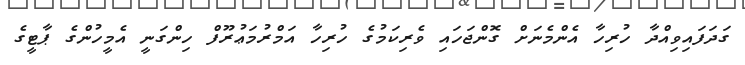
ގަދަފައިވިއްދާ ހުރިހާ އެންމެނަށް ގޮންޖަހައި ވެރިކަމުގެ ހުރިހާ އަމްރުމަޢުރޫފް ހިންގަނީ އެމީހުންގެ ޕާޓީގެ